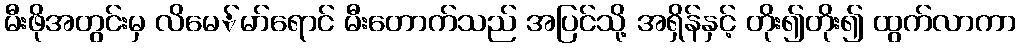
မီးဖိုအတွင်းမှ လိမေ်မာ်ရောင် မီးတောက်သည် အပြင်သို့ အရှိန်နှင့် တိုး၍တိုး၍ ထွက်လာကာ